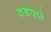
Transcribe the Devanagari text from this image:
दडपणे